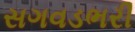
સગવડભરી